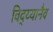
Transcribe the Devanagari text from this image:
विद्य्यानैव